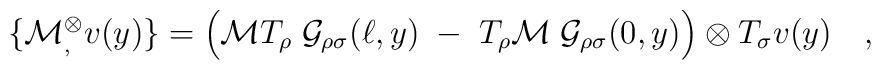
\{{\cal M}{}^\otimes_, v(y)\} =\Bigl({\cal M}T_\rho\; {\cal G}_{\rho\sigma}(\ell,y)\;-\;T_\rho  {\cal M}\;{\cal G}_{\rho\sigma}(0,y)\Bigr)\otimes T_\sigma v(y)\quad ,